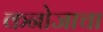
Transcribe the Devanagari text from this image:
कनोजाचा